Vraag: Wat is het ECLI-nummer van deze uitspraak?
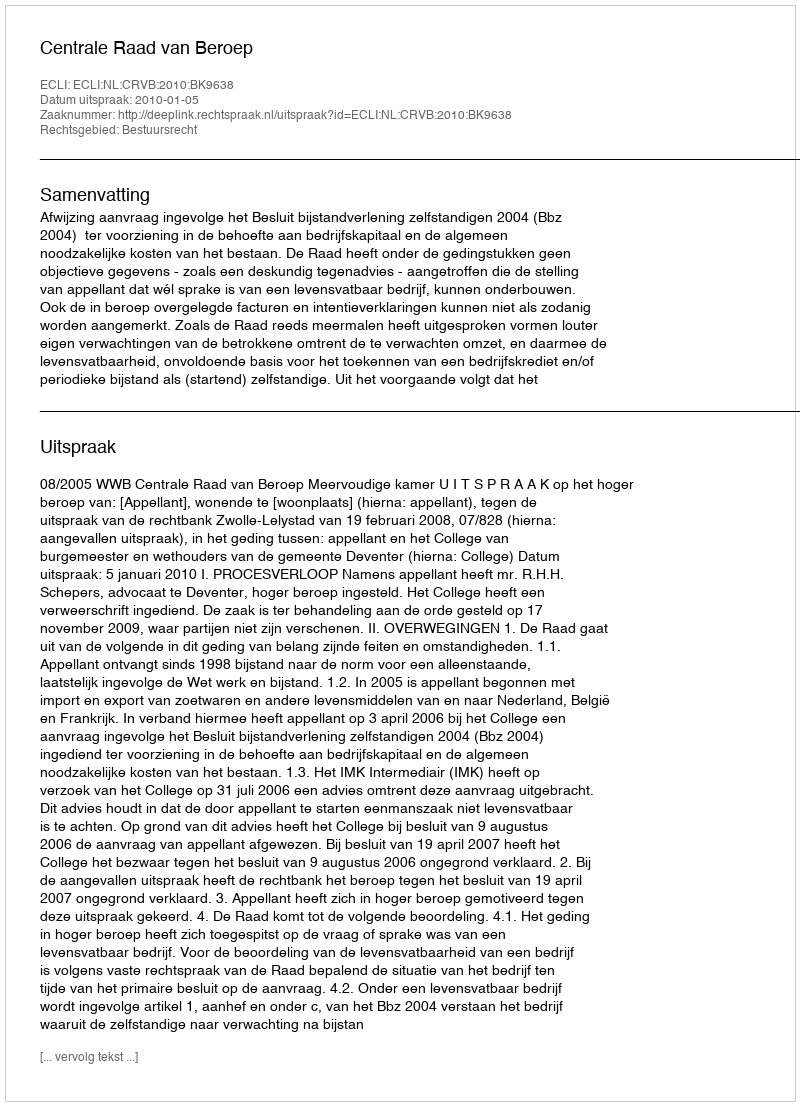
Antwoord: ECLI:NL:CRVB:2010:BK9638